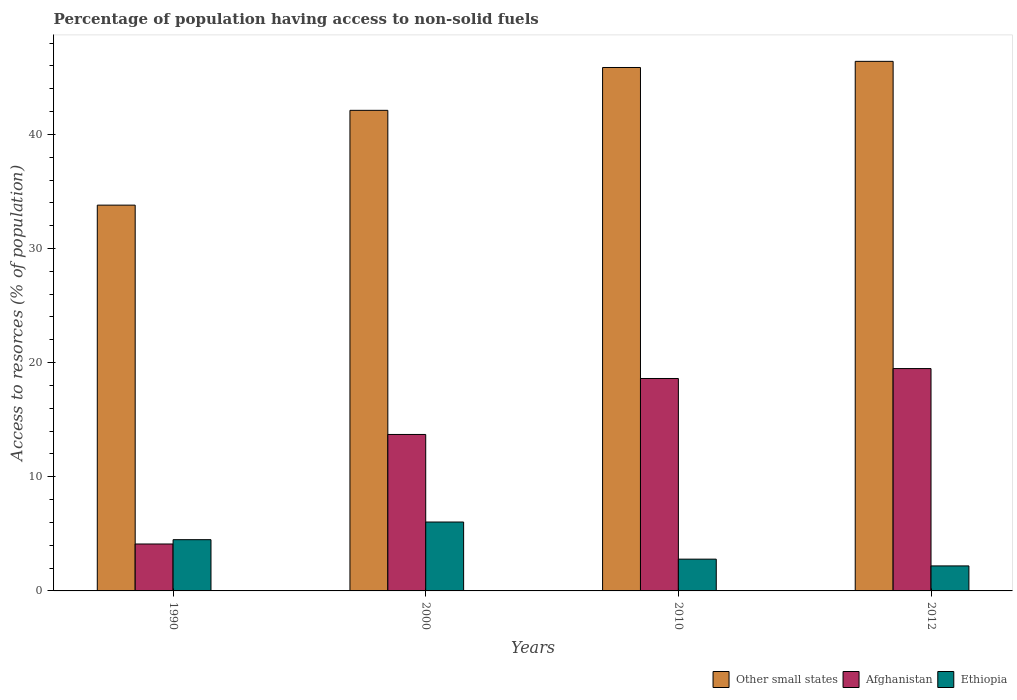
| Years | Other small states | Afghanistan | Ethiopia |
 | --- | --- | --- | --- |
 | 1990 | 33.8 | 4.11 | 4.49 |
 | 2000 | 42.1 | 13.7 | 6.04 |
 | 2010 | 45.9 | 18.6 | 2.78 |
 | 2012 | 46.4 | 19.5 | 2.19 |